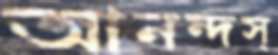
আনন্দস্